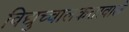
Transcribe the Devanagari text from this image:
विद्युच्चालकतावाले